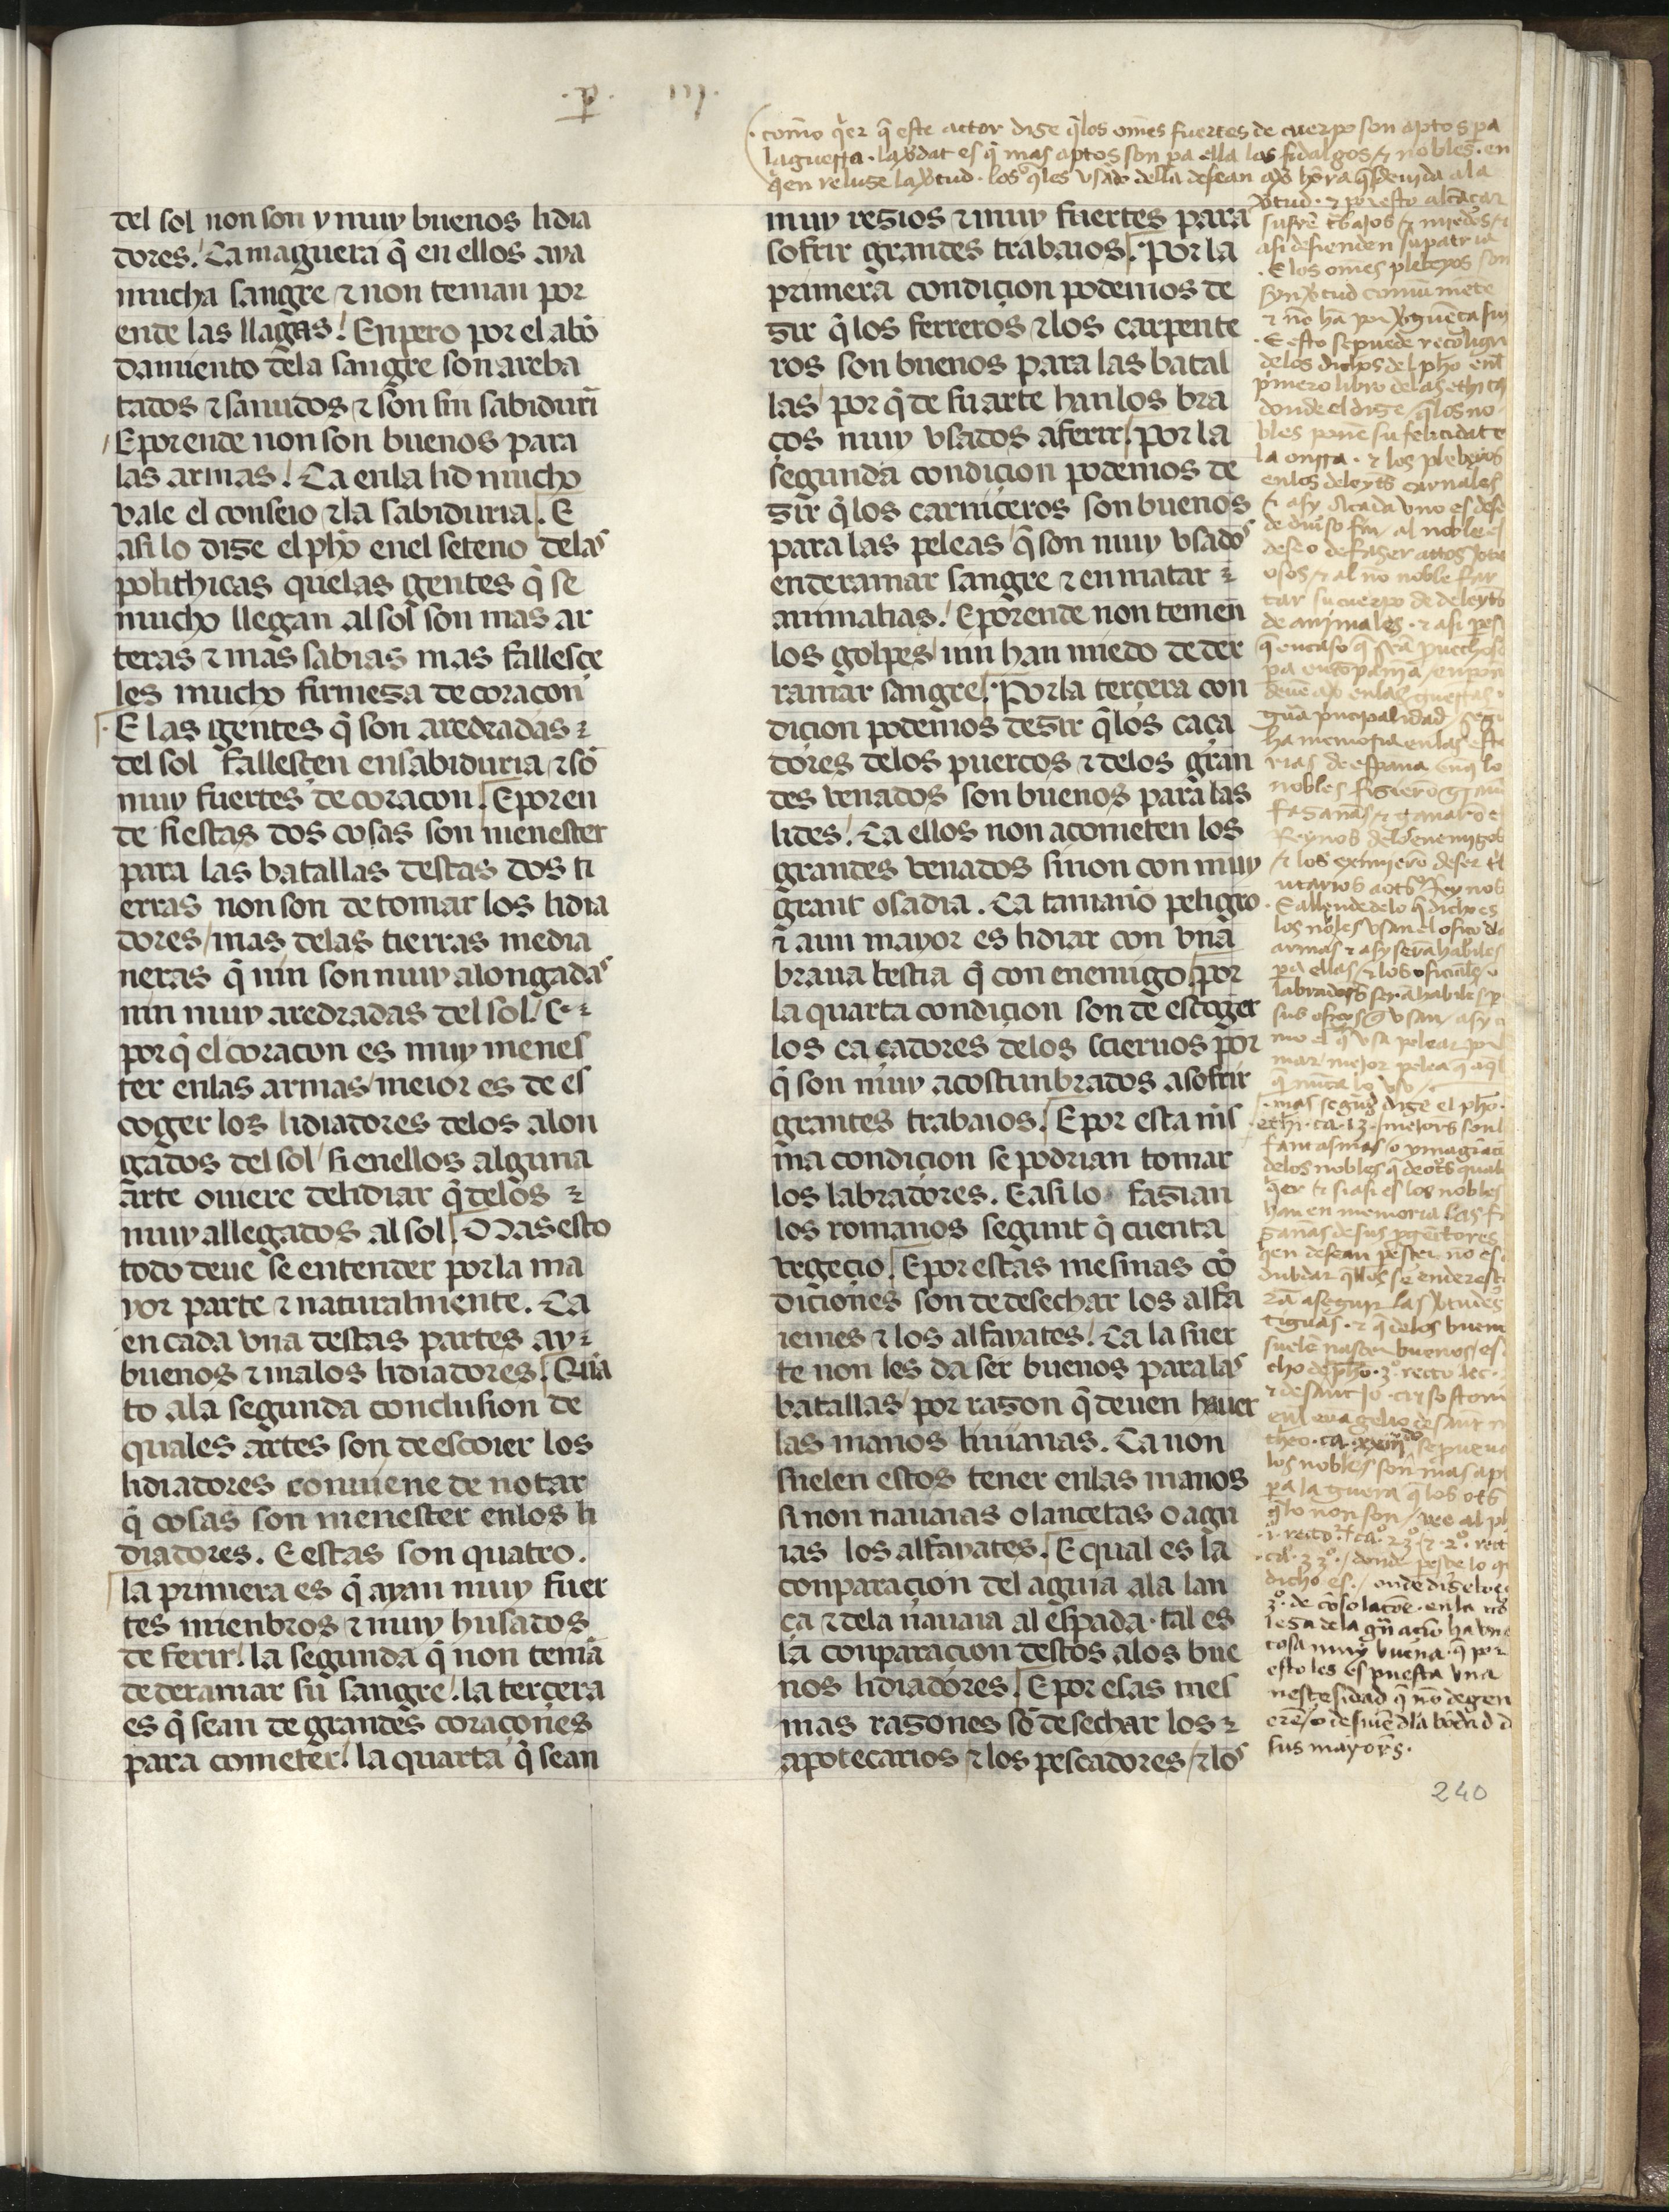
Shelfmark: Madrid, Fundación Lázaro Galdiano, mss 289
Century: 15